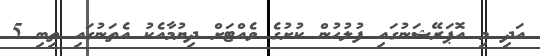
އަދި މި އޮޕަރޭޝަނުގައި ފުލުހުން ކުށުގެ ވެއްޓަށް ދިޔުމާއެކު އެތަނުގައި ތިބި 5